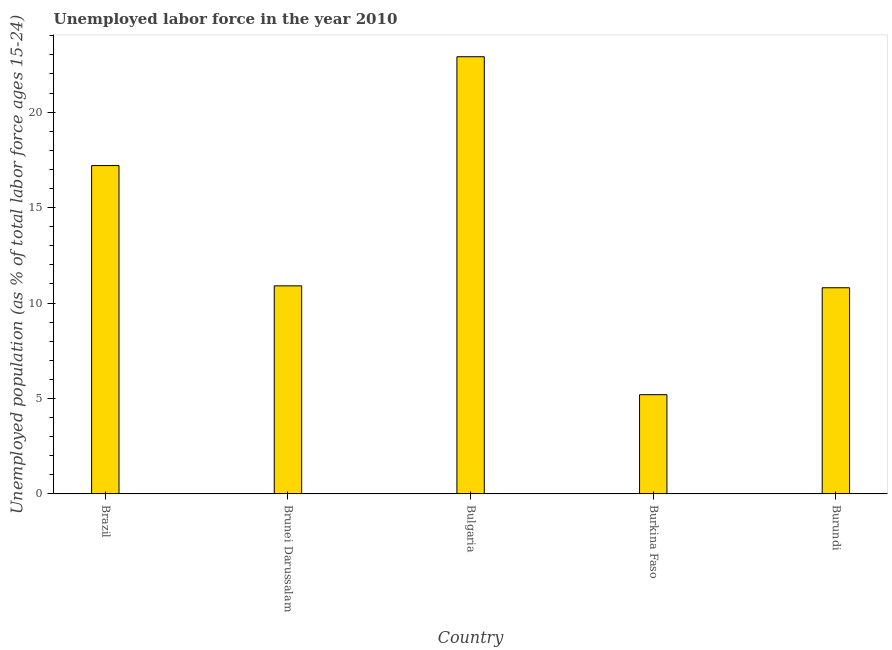
| Country | Unemployment |
 | --- | --- |
 | Brazil | 17.2 |
 | Brunei Darussalam | 10.9 |
 | Bulgaria | 22.9 |
 | Burkina Faso | 5.2 |
 | Burundi | 10.8 |